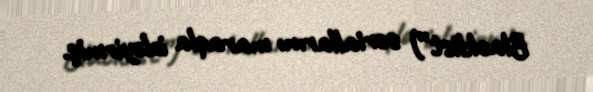
Blacklist”) seriallarını maraqla izləyirmiş.